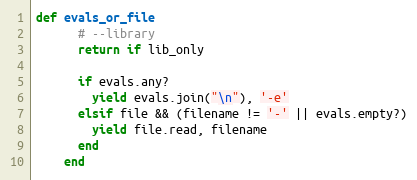
Language: Ruby
def evals_or_file
      # --library
      return if lib_only

      if evals.any?
        yield evals.join("\n"), '-e'
      elsif file && (filename != '-' || evals.empty?)
        yield file.read, filename
      end
    end